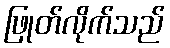
ဖြုတ်လိုက်သည်